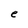
Character: e